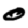
Digit: 0